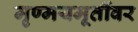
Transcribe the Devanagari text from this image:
मृण्मयमूर्तीवर